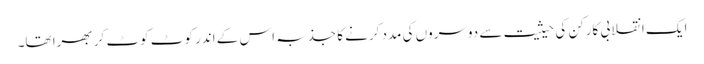
ایک انقلابی کارکن کی حیثیت سے دوسروں کی مدد کرنے کا جذبہ اس کے اندر کوٹ کوٹ کر بھرا تھا۔